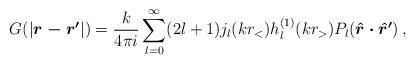
LaTeX: \begin{align*}G(|\mbox{\boldmath$r-r'$}|) = \frac{k}{4\pi i}\sum_{l=0}^{\infty}(2l+1)j_{l}(kr_{<})h^{(1)}_{l}(kr_{>}) P_{l}(\mbox{\boldmath${\hat{r}}\cdot{\hat{r}}'$})\,,\end{align*}